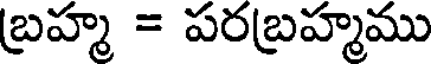
బ్రహ్మ = పరబ్రహ్మము